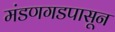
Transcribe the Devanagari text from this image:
मंडणगडपासून